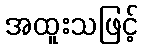
အထူးသဖြင့်